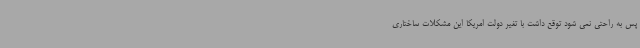
پس به راحتی نمی شود توقع داشت با تغیر دولت امریکا این مشکلات ساختاری